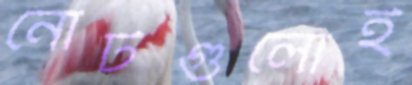
নোটগুলোই